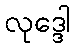
လုဒ္ဒေါ